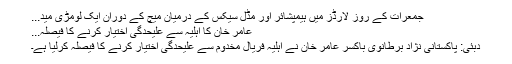
جمعرات کے روز لارڈز میں ہیمپشائر اور مڈل سیکس کے درمیان میچ کے دوران ایک لومڑی مید...
عامر خان کا اہلیہ سے علیحدگی اختیار کرنے کا فیصلہ...
دبئی: پاکستانی نژاد برطانوی باکسر عامر خان نے اہلیہ فریال مخدوم سے علیحدگی اختیار کرنے کا فیصلہ کرلیا ہے۔